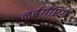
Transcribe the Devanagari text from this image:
नर्बर्गरिंग